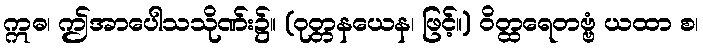
ဣဓ၊ ဤအာပေါသသိုဏ်း၌။ (ဝုတ္တနယေန၊ ဖြင့်။) ဝိတ္ထရေတဗ္ဗံ ယထာ စ၊